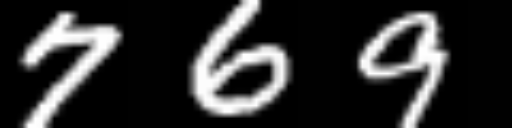
Text: 769